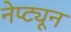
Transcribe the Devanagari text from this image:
नेप्ट्यून